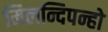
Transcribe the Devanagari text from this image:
मिलन्दिपन्हो